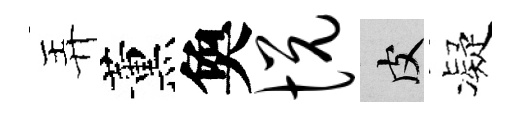
弄薰奐悦皮凝